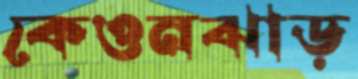
কেওনঝাড়